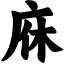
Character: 庥